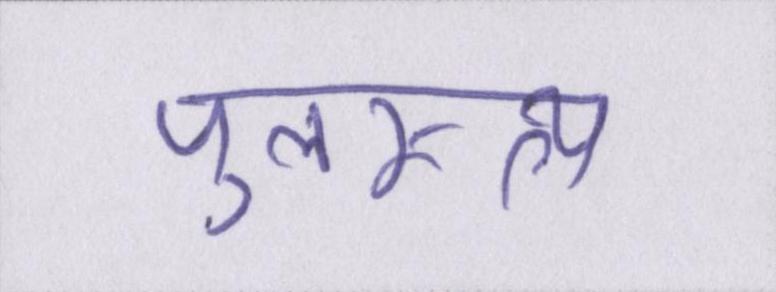
पुलस्त्य